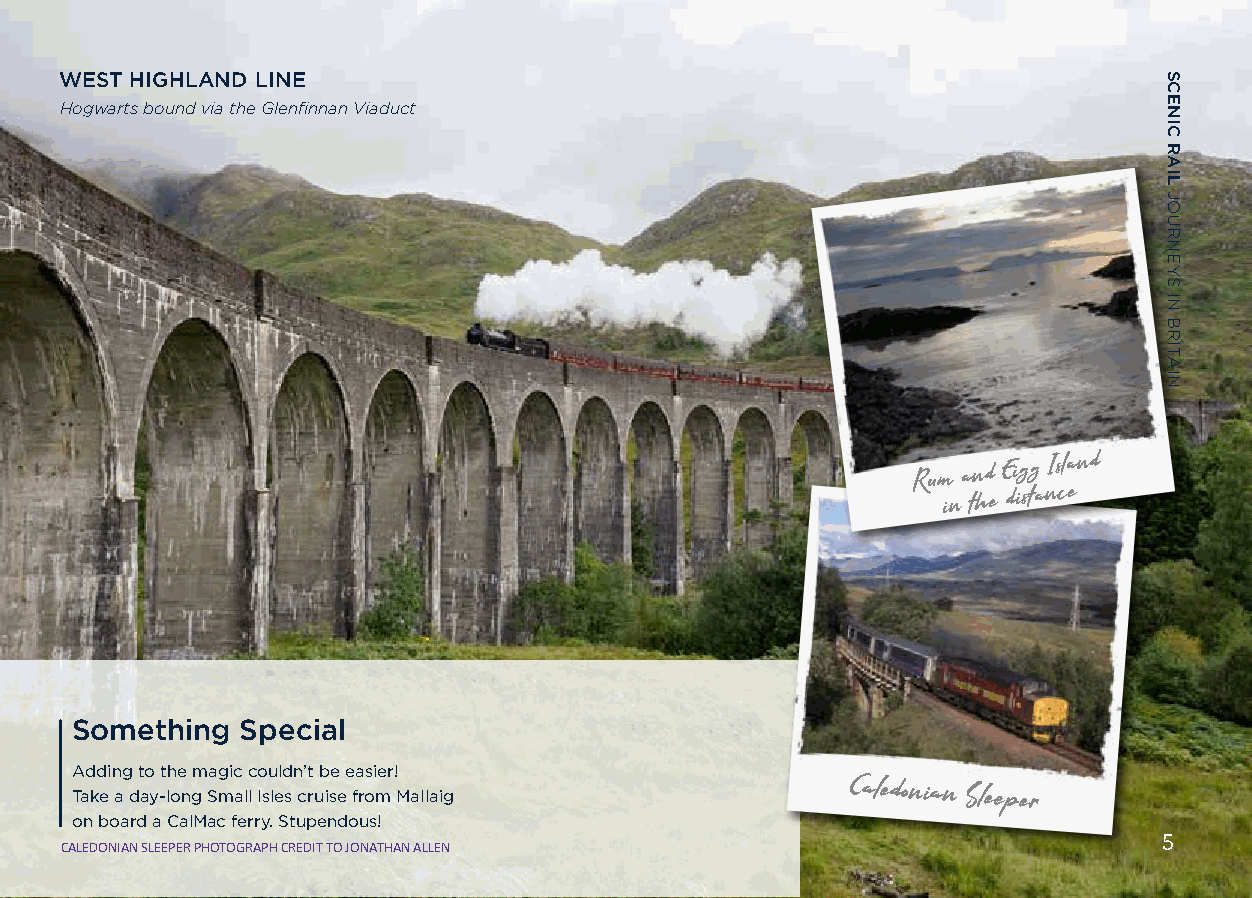
WEST HIGHLAND LINE
 Hogwarts bound via the Glenfinnan Viaduct
 Rum and Eigg
 Island
 in the
 distance
 Something  Special
 Adding to the magic couldn’t be easier!
 Take a day-long Small Isles cruise from Mallaig
 Caledonian
 Sleeper
 on board a CalMac ferry. Stupendous!
 5
 CALEDONIAN SLEEPER PHOTOGRAPH CREDIT TO JONATHAN ALLEN
 SCENIC
 RAIL
 JOURNEYS
 IN
 BRITAIN